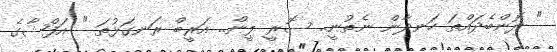
" ދޮންބެދައްތަ ހަނދާން ނެތުނީ.. ސޮރީ ލީން.. އަރީބް ރަނގަޅުތަ " އަފްޝާގެ